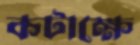
কটাক্ষে